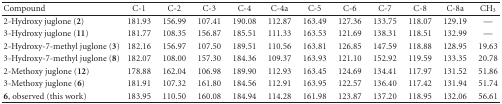
| Compound | C-1 | C-2 | C-3 | C-4 | C-4a | C-5 | C-6 | C-7 | C-8 | C-8a | CH3 |
 | --- | --- | --- | --- | --- | --- | --- | --- | --- | --- | --- | --- |
 | 2-Hydroxy juglone (2) | 181.93 | 156.99 | 107.41 | 190.08 | 112.87 | 163.49 | 127.36 | 133.75 | 118.07 | 129.19 | — |
 | 3-Hydroxy juglone (11) | 181.77 | 108.35 | 156.87 | 185.51 | 111.33 | 163.53 | 121.69 | 138.31 | 118.51 | 132.99 | — |
 | 2-Hydroxy-7-methyl juglone (3) | 182.16 | 156.97 | 107.50 | 189.51 | 110.56 | 163.81 | 126.85 | 147.59 | 118.88 | 128.95 | 19.63 |
 | 3-Hydroxy-7-methyl juglone (8) | 182.07 | 108.00 | 157.30 | 184.36 | 109.37 | 163.93 | 121.10 | 152.92 | 119.59 | 133.35 | 20.78 |
 | 2-Methoxy juglone (12) | 178.88 | 162.04 | 106.98 | 189.90 | 112.93 | 163.45 | 124.69 | 134.41 | 117.97 | 131.52 | 51.86 |
 | 3-Methoxy juglone (6) | 181.91 | 107.32 | 161.80 | 184.56 | 112.91 | 163.95 | 122.57 | 136.40 | 117.42 | 131.94 | 51.74 |
 | 6, observed (this work) | 183.95 | 110.50 | 160.08 | 184.94 | 114.28 | 161.98 | 123.87 | 137.20 | 118.95 | 132.06 | 56.61 |